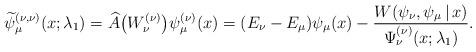
LaTeX: \begin{align*} \widetilde{\psi }_{\mu }^{( \nu ,\nu ) }(x;\lambda _{1})=\widehat{ A}\big(W_{\nu }^{(\nu) }\big)\psi _{\mu }^{(\nu) }(x)=( E_{\nu }-E_{\mu }) \psi _{\mu}(x) -\frac{ W(\psi _{\nu },\psi _{\mu }\,|\, x)}{\Psi _{\nu }^{(\nu) }(x;\lambda _{1})}. \end{align*}